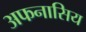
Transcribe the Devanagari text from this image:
अफनासिय